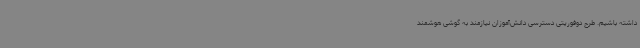
داشته باشیم. طرح دوفوریتی دسترسی دانش‌آموزان نیازمند به گوشی هوشمند